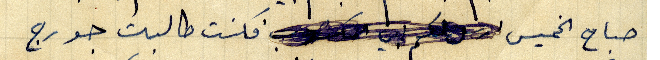
صباح الخميس فكنت طالبت جورج